Annual report on the working of the lock hospitals in the North-Western Provinces and Oudh
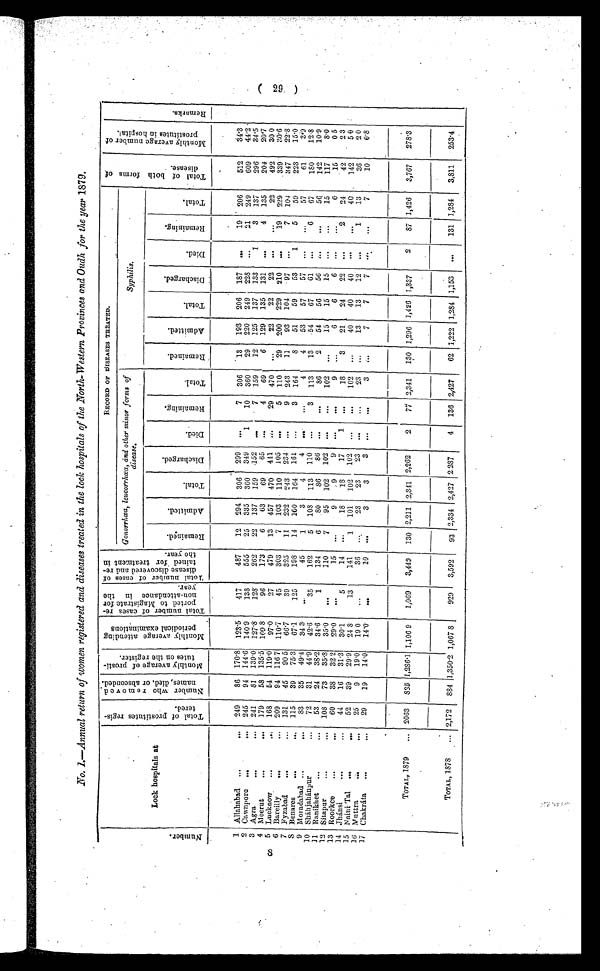
No. 1.—Annual return of women registered and diseases treated in the lock hospitals of the North-Western Provinces and Oudh for the year 1879.
N u m b e r .
Lock hospitals at
T o t a l o f p r o s t i t u t e s r e g i s t e r e d .
N u m b e r w h o r e m o v e d n a m e s , d i e d o r a b s c o n d e d .
M o n t h l y a v e r a g e o f p r o s t i t u e s o t h e r e g i s t e r .
M o n t h l y a v e r a g e a t t e n d i n g p e r i o d i c a l e x a m i n a t i o n s . T o t a l n u m b e r o f c a s e s r e p o r t e d t o M a g i s t r i a t e f o r n o n - a t t e n d a n c e i n t h e y e a r . T o t a l n u m b e r o f c a s e s o f d i s e a s e d i s c o v e r e d a n d r e t a i n e d f o r t r e a t m e n t i n t h e y e a r .
R E C O R D O F D I S E A S E S T R E A T E D .
T o t a l o f b o t h f o r m s o f d i s e a s e .
M o n t h l y a v e r a g e n u m b e r o f p r o s t i t u t e s i n h o s p i t a l .
R e m a r k s .
Gonorrhœa, leucorrhœa, and other minor forms of
disease.
Syphilis.
R e m a i n e d .
A d m i t t e d .
T o t a l .
D i s c h a r g e d .
D i e d .
R e m a i n i n g .
T o t a l .
R e m a i n e d .
A d m i t t e d .
T o t a l .
D i s c h a r g e d .
D i e d .
R e m a i n i n g .
T o t a l .
1 Allahabad ...
. . .
249 86 170.8 123.5 417
487 12 294 306 299
. . . 7 306 13 193 206 187 ...
19 206
512 34.3
2 Cawnpore ...
. . . 245 94 144.6 140.9
138
555 25 335 360 349
1 10 360 29 220 249 228 ...
2 1 249
609 44.2
3 Agra
. . .
. . . 241 81 139.0 127.8 128
262 22 137 159 152
. . . 7 159 12
1 2 5 137 133
1
3 137 296
3 4 . 5
4 Meerut
...
. . . 179 58 135.5
1 0 9 . 8
96
173
6 63 69 65 ...
4 69
6 129
1 3 5
1 3 1 ...
4
1 3 5
2 0 4 20 7
5 Lucknow ...
..: 168 54 119.0 97.0
27
479 13 457 470 441
. . . 29 470
. . . 22 22
2 2 . . . ... 22
4 9 2 30.6
6 Bareilly ...
... 209 94 116.7 110.7
45
303
7 103 110 105 ...
5 110 29 200
2 2 9
2 1 0 . . .
1 9
2 2 9
3 3 9
3 0 . 6
7 Fyzabad ...
... 131 45 90.5 66.7
39
325 11 232 243 234
. . . 9 243 11 93
1 0 4 97 ...
7
1 0 4
3 4 7
2 2 . 8
8 Benares...
... 115 39 75.3 67.1
125
198 14 160 164 161 ...
3 164
8 51 59 53
1
5 59
2 2 3
1 5 . 0
9 Moradabad . . .
. . . 83 35 49.4 343
. . .
45
1
3
4
4
. . .
. . .
4
4 53
5 7 57 . . .
. . .
57
6 1
3 . 9
10 Sháhjahánpur . . . 72 31 44.9 42.6
35
162
5 108 113 110
. . . 3 113 13 54
6 7
6 1 . . .
6
6 7
1 8 0 12.8
11 Ranikhet
. . .
. . .
53 24 38.2 34.6
1
134
6 80 86 86
. . . ...
86
2 54
5 6 56 . . . ...
56 142
1 0 . 9
12 Sitapar
...
. . . 108 73 35.8 35.0
. . .
110
7 95 102 102
. . .
. . . 102 ...
15
1 5 15 ... ...
1 5
1 1 7
8 . 0
13
R o o r k e e
. . .
60 38 32.2 20.0
. . .
15 ...
9
9
9 ... ...
9 ...
6
2 4
2 2 . . .
. . .
6
1 5
0 5
14 Jhánsi . . .
. . . 44 16 31.3 30.1
5
14 ...
18 18 17
1
. . . 18
3 21
2 4 22
. . .
2 24
42
2 3
15 Naini Tal ...
... 52 39 29.9 24.8
13
141
1 101 102 102 ... ... 102 ...
40
4 0
4 0 . . . . . .
4 0 1 4 2
50
16
M u t t a r a
. . .
. . .
25
9 19.0 19.0 ...
36 ...
23 23 23 ...
. . . 23 ...
13
1 3 12 ...
1
1 3
3 6
2 0
17 Chakráta . . .
. . . 29 19 14.0 14.0 ...
10 ...
3
3
3
. . .
. . .
3
. . .
7
7 . . . ...
7
10
0 . 8
TOTAL, 1379 ... 2063 835 1,286 1 1,106 9 1,069 3,449 130 2,211 2,341 2,262
2 77 2,341 130 1,296 1,426 1,337
2 87 1,426 3,767 278.3
TOTAL, 1878 ... 2,172 884 1,350.2 1,067 8
929 3,592 93 2,334 2,427 2,237
4 136 2,427 62 1,222 1,284 1,153 ... 131 1,284 3,811 253.4
( 29 )